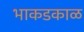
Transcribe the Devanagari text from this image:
भाकडकाळ